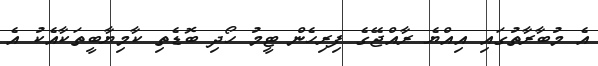
އެ މުބާރާތުގައި އިއްޔެ ރާއްޖޭގެ ފިރިހެން ޓީމު ހޯދި ބޮޑެތި ކާމިޔާބީތަކާއެކު އެ